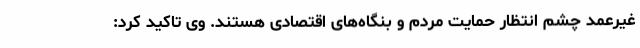
غیرعمد چشم انتظار حمایت مردم و بنگاه‌های اقتصادی هستند. وی تاکید کرد: